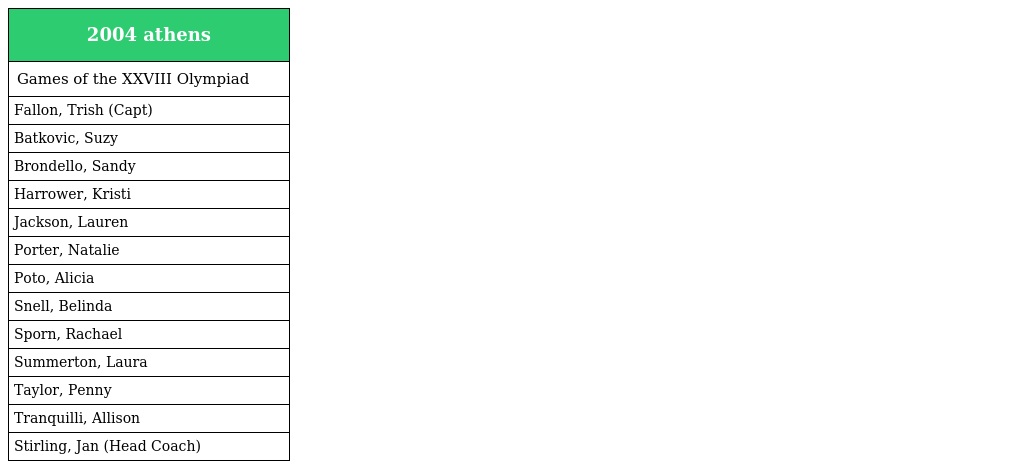
| 2004 athens |
 | --- |
 | Games of the XXVIII Olympiad |
 | Fallon, Trish (Capt) |
 | Batkovic, Suzy |
 | Brondello, Sandy |
 | Harrower, Kristi |
 | Jackson, Lauren |
 | Porter, Natalie |
 | Poto, Alicia |
 | Snell, Belinda |
 | Sporn, Rachael |
 | Summerton, Laura |
 | Taylor, Penny |
 | Tranquilli, Allison |
 | Stirling, Jan (Head Coach) |